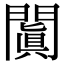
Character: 闐